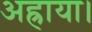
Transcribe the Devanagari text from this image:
अह्राया।